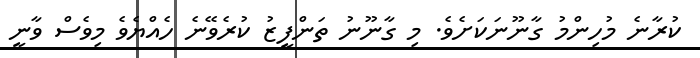
ކުރާނެ މުހިންމު ގާނޫނަކަށެވެ. މި ގާނޫނު ތަންފީޒު ކުރެވޭނެ ހެއްޔެވެ މިވެސް ވާނީ